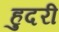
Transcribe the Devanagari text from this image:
हुदरी